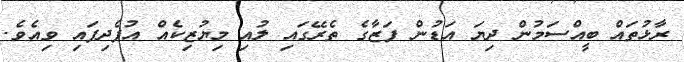
ރާޅުތައް ބީއްސަމުން ދިޔަ އަޑުން ފަޒާގެ ތެރޭގައި ލުއި މިޔުޒިކެއް އުފެދިފައި ވިއެވެ.